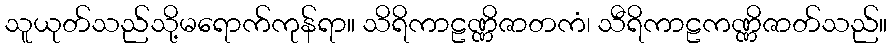
သူယုတ်သည်သို့မရောက်ကုန်ရာ။ သိရိကာဠဏ္ဏိဇာတကံ၊ သီရိကာဠကဏ္ဏိဇာတ်သည်။